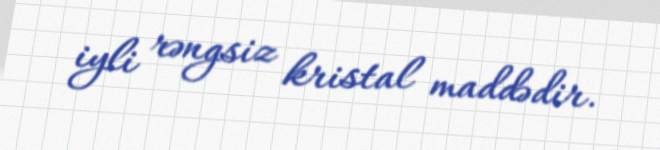
iyli rəngsiz kristal maddədir.